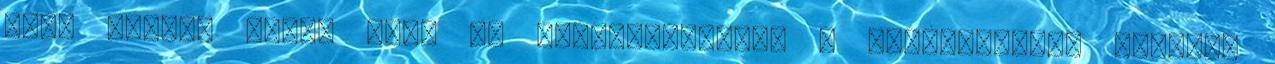
ahol hosszú ideje tart az áramkimaradás, a berendezések ugyanis